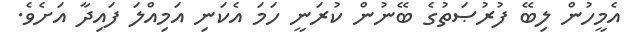
އެމީހުން ލިބޭ ފުރުޞަތުގެ ބޭނުން ކުރަނީ ހަމަ އެކަނި އަމިއްލަ ފައިދާ އަށެވެ.